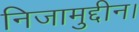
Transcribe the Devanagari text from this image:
निजामुद्दीन।